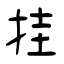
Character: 挂